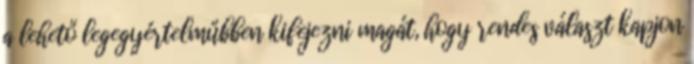
a lehető legegyértelműbben kifejezni magát, hogy rendes választ kapjon